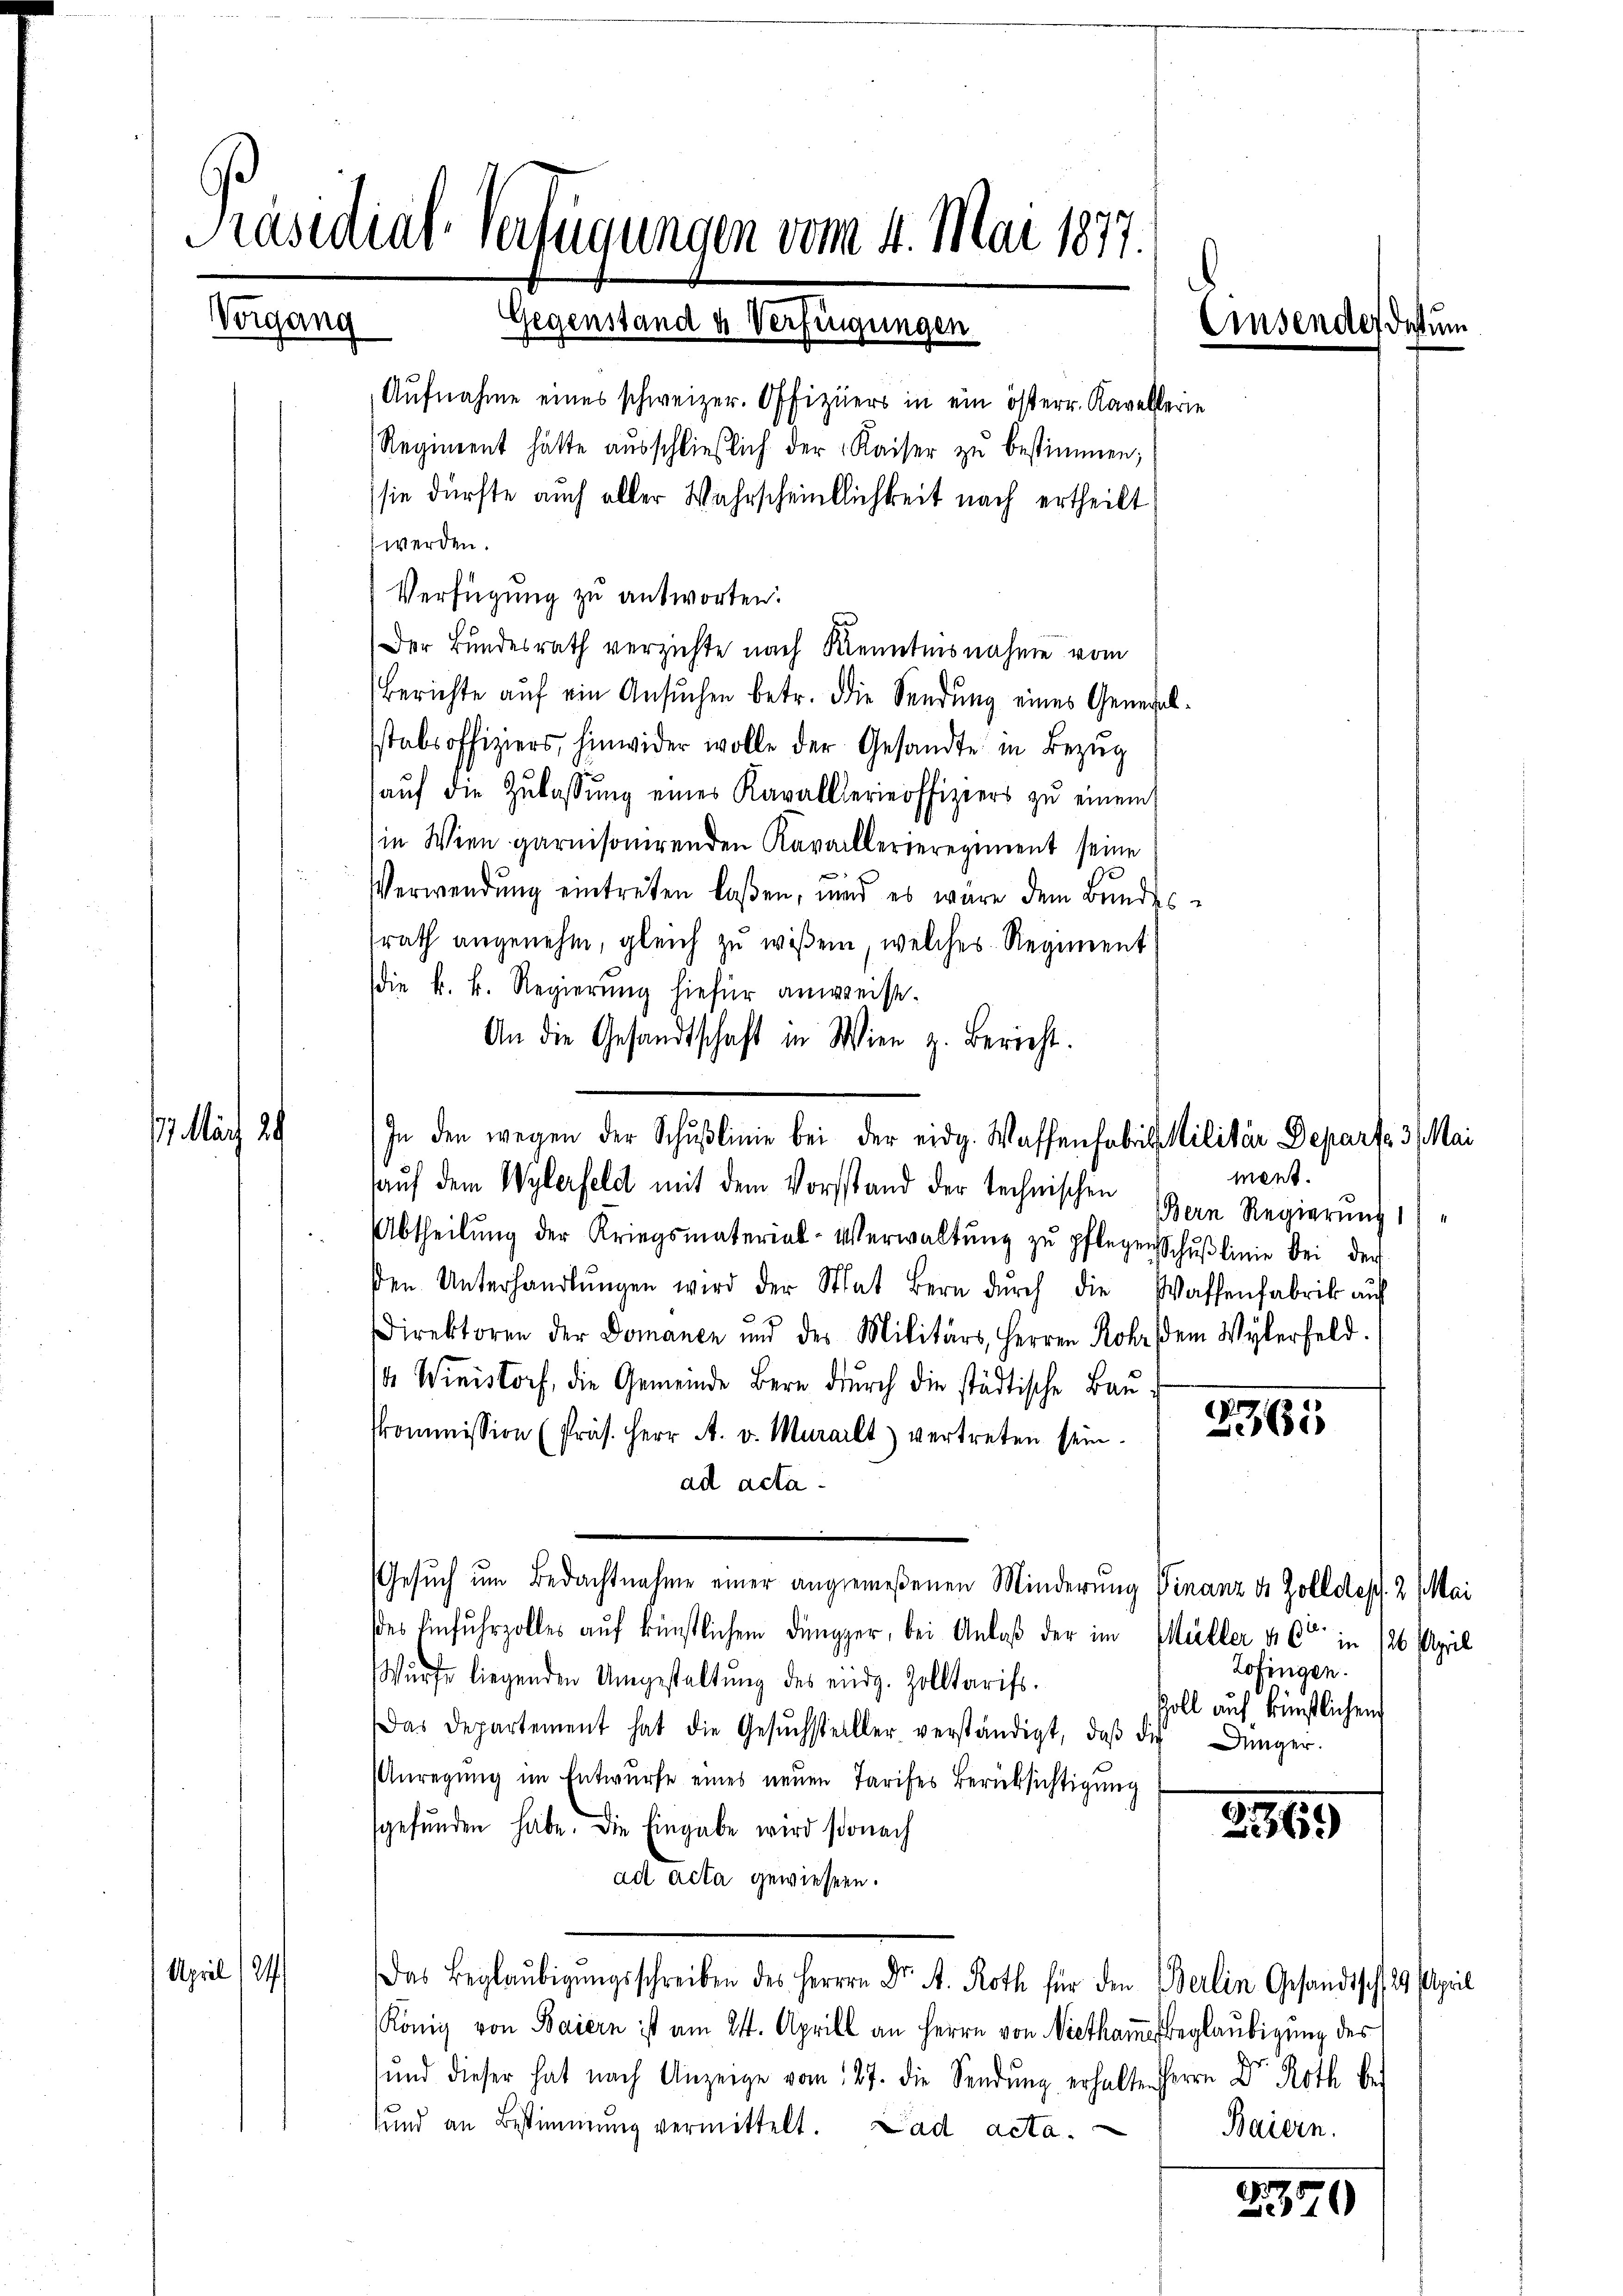
Präsidial-Verfügungen vom 4. Mai 1877.
Vorgang Gegenstand u. Verfügungen

Aufnahme eines schweizer. Offiziers in ein österr. Kavellerie
Regiment hätte ausschließlich der Kaiser zu bestimmen;
sie dürfte auch aller Wahrscheintlichkeit nach ertheilt
werden.
Verfügung zu antworten.
Der Bundesrath verzichte nach Kenntnisnahme vom
Berichte auf ein Ansuchen betr. die Sendung eines Generalstabsoffiziers, hinwider wolle der Gesandte in Bezŭg
aŭf die Zulassŭng eines Kavallierinoffiziers zu einem
in Wien garnisonirenden Kavallerieregiment seine
Verwendung eintreten lassen, und es wäre dem Bŭndes-
srath angenehm, gleich zu wissen, welches Regiment
Die k. k. Regierung hiefür anweist.
An die Gesandtschaft in Wien z. Bericht.
auf dem Wylerfeld mit dem Vorstand der technischen
Abtheilŭng der Kriegsmaterial-Verwaltŭng zŭ pflegen Schŭβlinie bei der
den Unterhandlŭngen wird der Stat Bern dŭrch die Waffenfabrik auf
Direktoren der Domanen und des Militärs, Herren Rohr dem Wylerfeld.
14 Winistorf, die Gemeinde Bern durch die städtische Bau
Kommission (Präs. Herr A. v. Muralt) vertreten sein. 32
ad acta
Gesuch um Bedachtnahme einer angemeßenen Minderung Finanz u. Zolldeps. 2 (Mai
es Einfuhrzolles auf künstlichem Düngger, bei Anlaß der im Müller v. C in 126. April
Zofingen.
Würfe liegenden Umgestaltŭng des eidg. Zolltarifs.
Zoll auf künstlichen
Das Departement hat die Gesŭchsteller verständigt, daβ die Dünger.
Anregŭng im Entwurfe eines neuen Tarifes Berücksichtigung
sgefŭnden habe. Die Eingabe wird sonach
23369
ad acta gewiesen.
April 184
Das Beglaubigungsschreiben des Herrn Dr. A. Roth für den Berlin Gesandtsch, 29. April
Konig von Baiern ist am 21. Aprill an Herrn von Nietkammes beglaubigung des
ŭnd dieser hat nach Anzeige vom 127. die Sendŭng erhalte Herrn Dr. Roth be
und an Bestimmung vermittelt. Lad acta.
Baiern.
370

17. Nach 29

In den wegen der Schŭβlinie bei der eidg. Wassenfabris Militär Depart. 3. Mai

Einsender des um

ment.
Bern Regierung 1)